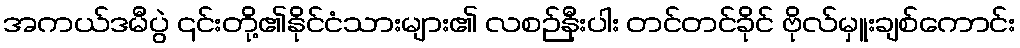
အကယ်ဒမီပွဲ ၎င်းတို့၏နိုင်ငံသားများ၏ လစဉ်နီးပါး တင်တင်ခိုင် ဗိုလ်မှူးချစ်ကောင်း